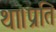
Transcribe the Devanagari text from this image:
था।प्रति